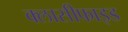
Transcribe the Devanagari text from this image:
क्लासीफाइड